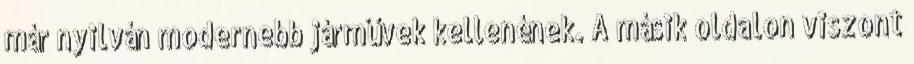
már nyilván modernebb járművek kellenének. A másik oldalon viszont